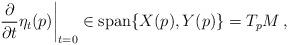
LaTeX: \begin{align*} \left.\frac{\partial}{\partial t}\eta_t(p)\right|_{t=0} \in \mathrm{span}\{X(p),Y(p)\} = T_pM\,,\end{align*}